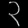
Digit: ၃